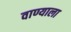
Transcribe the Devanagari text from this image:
वाण्याला